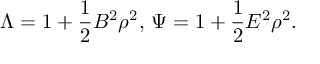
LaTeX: \Lambda = 1 + \frac { 1 } { 2 } B ^ { 2 } \rho ^ { 2 } , \, \Psi = 1 + \frac { 1 } { 2 } E ^ { 2 } \rho ^ { 2 } .